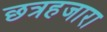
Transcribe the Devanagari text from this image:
छत्रहजारा